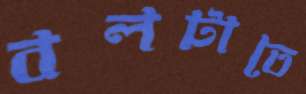
বলটাতে